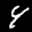
Label: 4